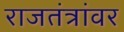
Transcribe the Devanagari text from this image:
राजतंत्रांवर